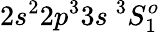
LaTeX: {2s^{2}2p^{3}3s~^{3}S_{1}^{o}}